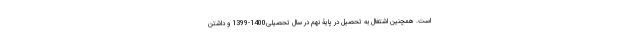
است. همچنین اشتغال به تحصیل در پایۀ نهم در سال تحصیلی1400-1399 و داشتن